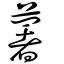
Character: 薯